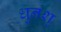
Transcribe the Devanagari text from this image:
धुनश्